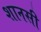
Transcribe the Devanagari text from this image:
शानसी